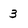
Character: 3